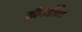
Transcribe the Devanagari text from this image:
क्रौफर्डविल